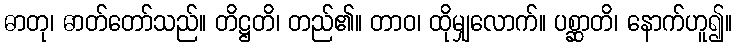
ဓာတု၊ ဓာတ်တော်သည်။ တိဋ္ဌတိ၊ တည်၏။ တာဝ၊ ထိုမျှလောက်။ ပစ္ဆာတိ၊ နောက်ဟူ၍။